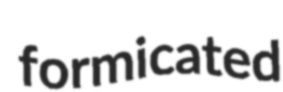
formicated